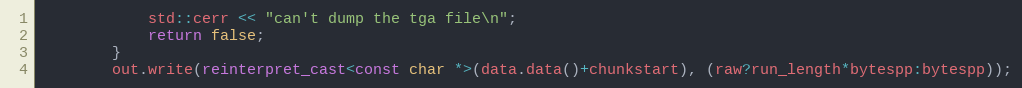
Language: C++
            std::cerr << "can't dump the tga file\n";
            return false;
        }
        out.write(reinterpret_cast<const char *>(data.data()+chunkstart), (raw?run_length*bytespp:bytespp));